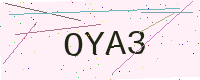
Text: OYA3